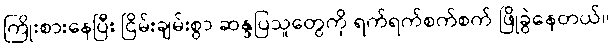
ကြိုးစားနေပြီး ငြိမ်းချမ်းစွာ ဆန္ဒပြသူတွေကို ရက်ရက်စက်စက် ဖြိုခွဲနေတယ်။